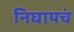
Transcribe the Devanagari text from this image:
निघायचं